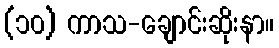
(၁၀) ကာသ-ချောင်းဆိုးနာ။